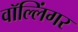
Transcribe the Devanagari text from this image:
वॉल्लिंगर